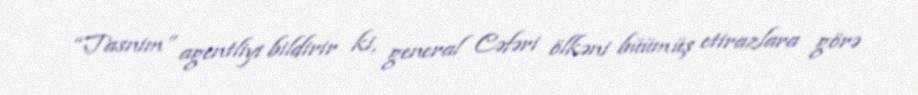
“Tasnim” agentliyi bildirir ki, general Cəfəri ölkəni büümüş etirazlara görə